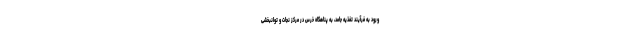
ورود به فرآیند تغذیه جامد، به پناهگاه خرس در مرکز نجات و توانبخشی